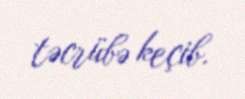
təcrübə keçib.